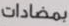
بمضادات